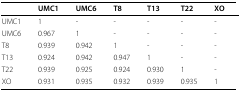
<table><thead><tr><td></td><td><b>UMC1</b></td><td><b>UMC6</b></td><td><b>T8</b></td><td><b>T13</b></td><td><b>T22</b></td><td><b>XO </b></td></tr></thead><tbody><tr><td>UMC1</td><td>1</td><td>-</td><td>-</td><td>-</td><td>-</td><td>-</td></tr><tr><td>UMC6</td><td>0.967</td><td>1</td><td>-</td><td>-</td><td>-</td><td>-</td></tr><tr><td>T8</td><td>0.939</td><td>0.942</td><td>1</td><td>-</td><td>-</td><td>-</td></tr><tr><td>T13</td><td>0.924</td><td>0.942</td><td>0.947</td><td>1</td><td>-</td><td>-</td></tr><tr><td>T22</td><td>0.939</td><td>0.925</td><td>0.924</td><td>0.930</td><td>1</td><td>-</td></tr><tr><td>XO</td><td>0.931</td><td>0.935</td><td>0.932</td><td>0.939</td><td>0.935</td><td>1</td></tr></tbody></table>